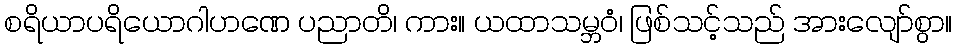
စရိယာပရိယောဂါဟဏေ ပညာတိ၊ ကား။ ယထာသမ္ဘဝံ၊ ဖြစ်သင့်သည် အားလျော်စွာ။